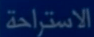
الاستراحة